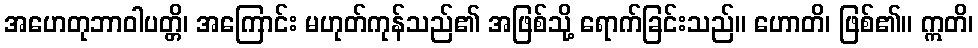
အဟေတုဘာဝါပတ္တိ၊ အကြောင်း မဟုတ်ကုန်သည်၏ အဖြစ်သို့ ရောက်ခြင်းသည်။ ဟောတိ၊ ဖြစ်၏။ ဣတိ၊